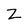
Character: Z